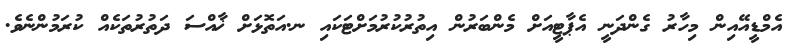
އެމްޑީއޭއިން މިހާރު ގެންދަނީ އެޕާޓީއަށް މެންބަރުން އިތުރުކުރުމަށްޓަކައި ނ.އަތޮޅަށް ޚާއްސަ ދަތުރުތަކެއް ކުރަމުންނެވެ.